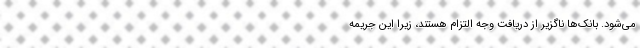
می‌شود. بانک‌ها ناگزیر از دریافت وجه التزام هستند، زیرا این جریمه